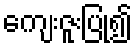
ကျေးဇူးပြု၍